Proceedings of the meeting of veterinary officers in India
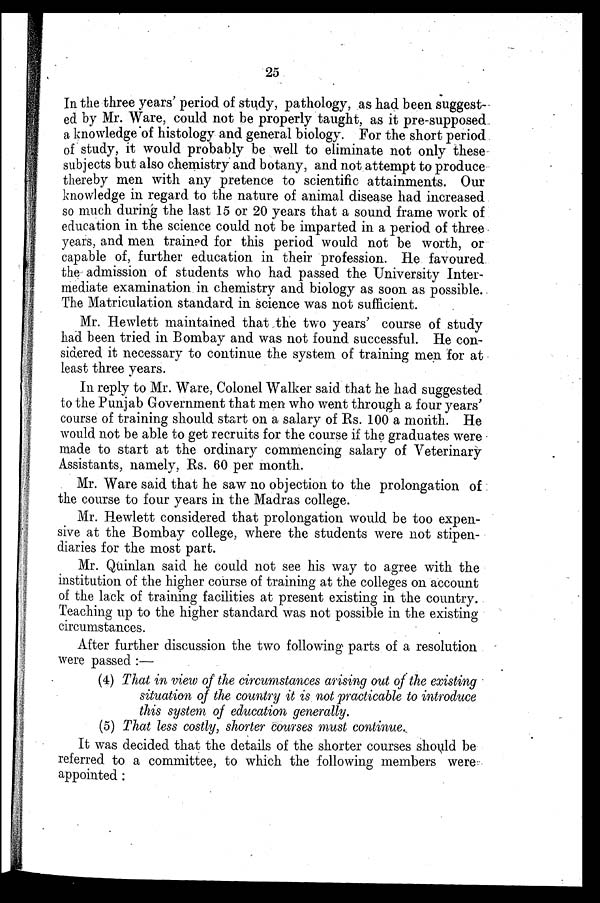
25
In the three years' period of study, pathology, as had been suggest-
ed by Mr. Ware, could not be properly taught, as it pre-supposed
a knowledge of histology and general biology. For the short period
of study, it would probably be well to eliminate not only these
subjects but also chemistry and botany, and not attempt to produce
thereby men with any pretence to scientific attainments. Our
knowledge in regard to the nature of animal disease had increased
so much during the last 15 or 20 years that a sound frame work of
education in the science could not be imparted in a period of three
years, and men trained for this period would not be worth, or
capable of, further education in their profession. He favoured
the admission of students who had passed the University Inter-
mediate examination in chemistry and biology as soon as possible.
The Matriculation standard in science was not sufficient.
Mr. Hewlett maintained that the two years' course of study
had been tried in Bombay and was not found successful. He con-
sidered it necessary to continue the system of training men for at
least three years.
In reply to Mr. Ware, Colonel Walker said that he had suggested
to the Punjab Government that men who went through a four years'
course of training should start on a salary of Rs. 100 a month. He
would not be able to get recruits for the course if the graduates were
made to start at the ordinary commencing salary of Veterinary
Assistants, namely, Rs. 60 per month.
Mr. Ware said that he saw no objection to the prolongation of
the course to four years in the Madras college.
Mr. Hewlett considered that prolongation would be too expen-
sive at the Bombay college, where the students were not stipen-
diaries for the most part.
Mr. Quinlan said he could not see his way to agree with the
institution of the higher course of training at the colleges on account
of the lack of training facilities at present existing in the country.
Teaching up to the higher standard was not possible in the existing
circumstances.
After further discussion the two following parts of a resolution
were passed:—
(4) That in view of the circumstances arising out of the existing
situation of the country it is not practicable to introduce
this system of education generally.
(5) That less costly, shorter courses must continue.
It was decided that the details of the shorter courses should be
referred to a committee, to which the following members were
appointed: